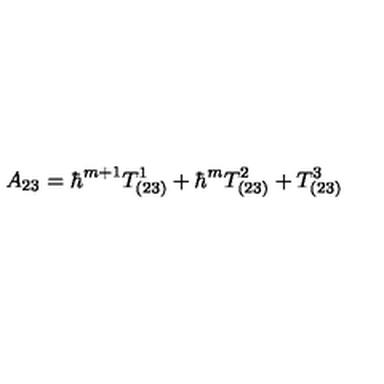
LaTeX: A _ { 2 3 } = \hbar ^ { m + 1 } T _ { ( 2 3 ) } ^ { 1 } + \hbar ^ { m } T _ { ( 2 3 ) } ^ { 2 } + T _ { ( 2 3 ) } ^ { 3 }